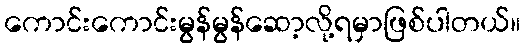
ကောင်းကောင်းမွန်မွန်ဆော့လို့ရမှာဖြစ်ပါတယ်။